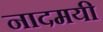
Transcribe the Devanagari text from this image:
नादमयी